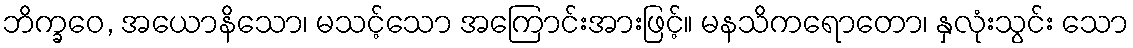
ဘိက္ခဝေ, အယောနိသော၊ မသင့်သော အကြောင်းအားဖြင့်။ မနသိကရောတော၊ နှလုံးသွင်း သော